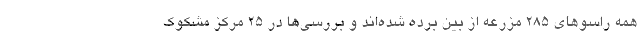
همه راسوهای ۲۸۵ مزرعه از بین برده شده‌‌اند و بررسی‌ها در ۲۵ مرکز مشکوک